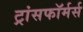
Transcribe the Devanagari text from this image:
ट्रांसफॉर्मर्स